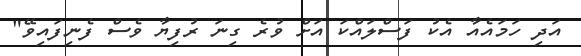
އަދި ހަމައެއާ އެކު ފަސްލައްކަ އަށް ވުރެ ގިނަ ރުފިޔާ ވެސް ފެނިފައިވޭ"